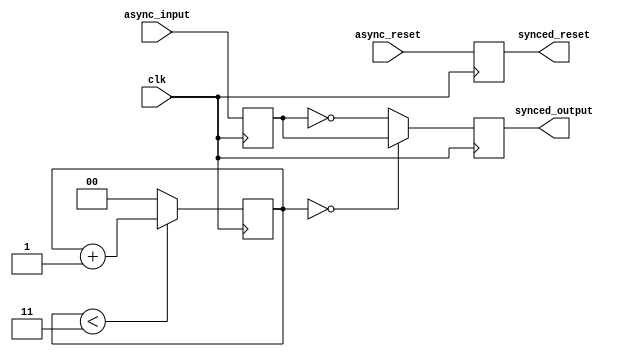
module Synchronizer_with_reset (
    input wire clk,
    input wire async_input,
    input wire async_reset,
    output reg synced_output,
    output reg synced_reset
);

reg async_reg;
reg [1:0] sync_count;

always @(posedge clk) begin
    async_reg <= async_input;
    synced_reset <= async_reset;
    
    if (sync_count == 2'b00) begin
        synced_output <= async_reg;
    end else begin
        synced_output <= ~async_reg;
    end
    
    if (sync_count < 2'b11) begin
        sync_count <= sync_count + 1;
    end else begin
        sync_count <= 2'b00;
    end
end

endmodule